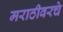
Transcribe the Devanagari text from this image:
मराठीवरचे